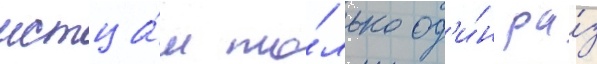
истца́м то́лько од'и́н ра́з